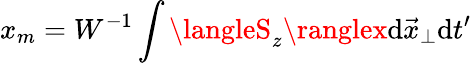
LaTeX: x_{m}=W^{-1}\int\langleS_{z}\ranglex\mathrm{d}\vec{{x}}_{\perp}\mathrm{d}t^{\prime}